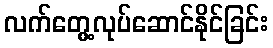
လက်တွေ့လုပ်ဆောင်နိုင်ခြင်း